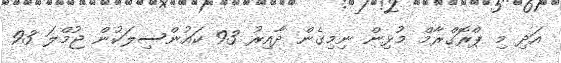
އަދި މި ޕްރޮގްރާމް މުޅިން ނިމިގެން ދާއިރު 93 ކައުންސިލަކުން ޖުމްލަ 93